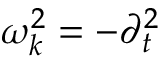
\omega _ { k } ^ { 2 } = - \partial _ { t } ^ { 2 }